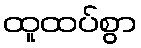
ထူထပ်စွာ